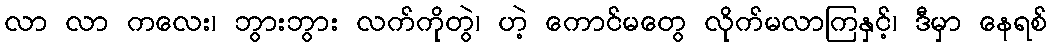
လာ လာ ကလေး၊ ဘွားဘွား လက်ကိုတွဲ၊ ဟဲ့ ကောင်မတွေ လိုက်မလာကြနှင့်၊ ဒီမှာ နေရစ်